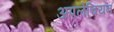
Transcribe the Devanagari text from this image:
अपलेचियन